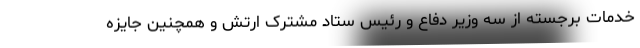
خدمات برجسته از سه وزیر دفاع و رئیس ستاد مشترک ارتش و همچنین جایزه